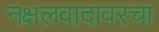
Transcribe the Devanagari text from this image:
नक्षलवादावरचा